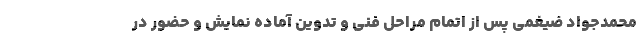
محمدجواد ضیغمی پس از اتمام مراحل فنی و تدوین آماده نمایش و حضور در